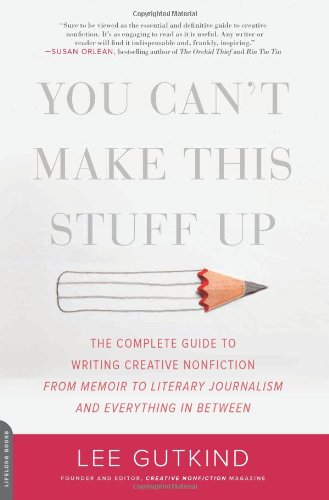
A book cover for You Can't Make This Stuff Up: The Complete Guide to Writing Creative Nonfiction--from Memoir to Literary Journalism and Everything in Between; Lee Gutkind; Reference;